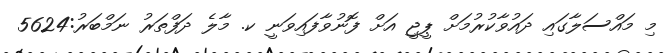
މި މައްސަލާގައި ދައުވާކުރުމަށް ޕީޖީ އަށް ފޮނުވާފައިވަނީ ކ. މާލެ ދަފްތަރު ނަމްބަރު:5624